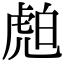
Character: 𧆽